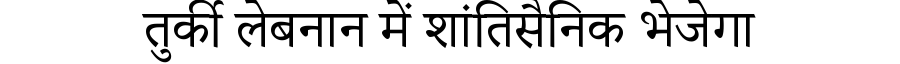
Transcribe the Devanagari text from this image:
तुर्की लेबनान में शांतिसैनिक भेजेगा